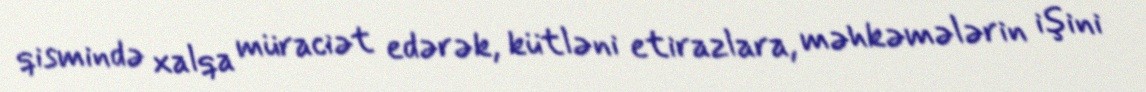
qismində xalqa müraciət edərək, kütləni etirazlara, məhkəmələrin işini